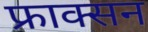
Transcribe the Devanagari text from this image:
फ्राक्सन